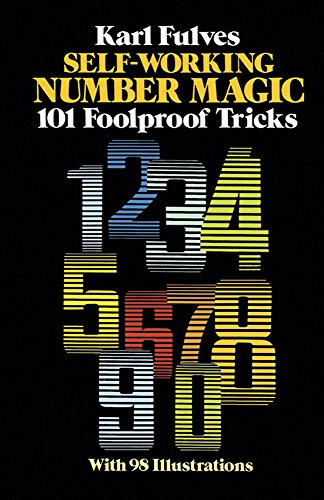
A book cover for Self-Working Number Magic: 101 Foolproof Tricks (Dover Magic Books); Karl Fulves; Humor & Entertainment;